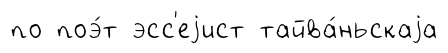
по поэ́т эсс'еjист тайва́ньскаjа